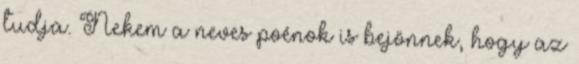
tudja. Nekem a neves poénok is bejönnek, hogy az